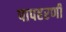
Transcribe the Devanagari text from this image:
पापहरणी